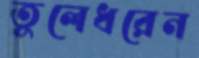
তুলেধরেন